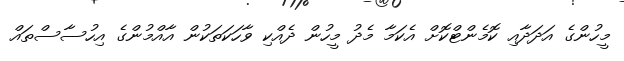
މީހުންގެ އަދަދާއި ކޮމެންޓްކޮށް އެކަމާ މެދު މީހުން ދެއްކި ވާހަކަތަކުން އާއްމުންގެ އިހުސާސްތައް